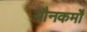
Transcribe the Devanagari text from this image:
यौनकर्मों